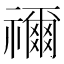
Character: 禰